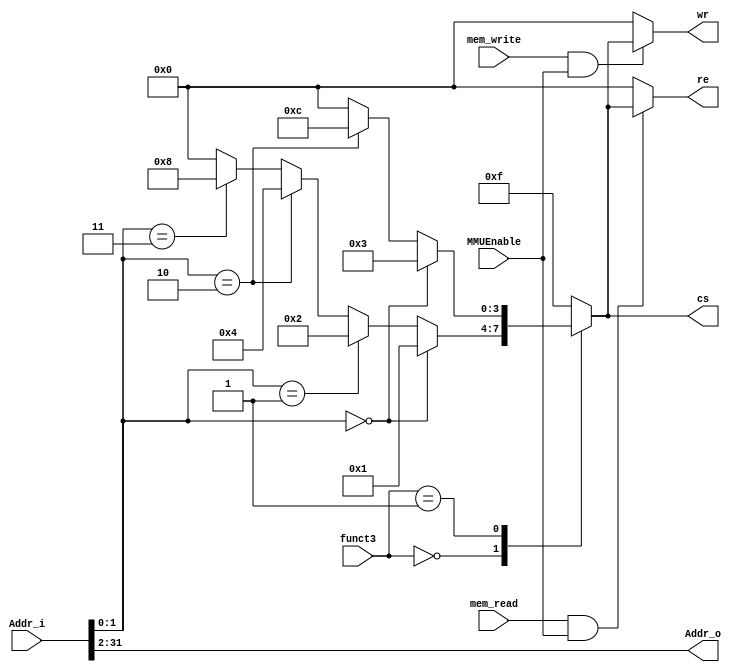
`timescale 1ns / 1ps
//////////////////////////////////////////////////////////////////////////////////
// Company: 
// Engineer: 
// Design Name: 
// Module Name: MMU
// Project Name: 
// Target Devices: 
// Tool Versions: 
// Description: 
// 
// Dependencies: 
// 
// Revision:
// Revision 0.01 - File Created
// Additional Comments:
// 
//////////////////////////////////////////////////////////////////////////////////


module MMU #(parameter XLEN = 32)
            (input [XLEN-1:0] Addr_i,
             input [2:0]funct3,
             input mem_read,
             input mem_write,
             input MMUEnable,
             output reg [3:0] cs,re,wr,
             output reg [XLEN-3:0] Addr_o  //2 bits for chip select
            );
                       
always @(*)
begin
// Address bits 
Addr_o = Addr_i[XLEN-1:2];
// Chip select bits
case(funct3)
3'b000: //Byte Store and Load
     
    cs[3:0] = (Addr_i[1:0] == 2'b00) ? 4'b0001:
              (Addr_i[1:0] == 2'b01) ? 4'b0010:
              (Addr_i[1:0] == 2'b10) ? 4'b0100:
              (Addr_i[1:0] == 2'b11) ? 4'b1000: 4'b0000;      
   
3'b001: //Halfword Store and Load
    
    cs[3:0] = (Addr_i[1:0] == 2'b00) ? 4'b0011:
              (Addr_i[1:0] == 2'b10) ? 4'b1100: 4'b0000;
       
3'b010: //Word Store and Load
    
    cs[3:0] = 4'hf;
    
default:
    begin
    cs[3:0] = 4'hf;
    end

endcase

//Data Read and write bits
re = (mem_read && MMUEnable)? cs : 4'b0000;
wr = (mem_write && MMUEnable)? cs : 4'b0000;  

end
endmodule